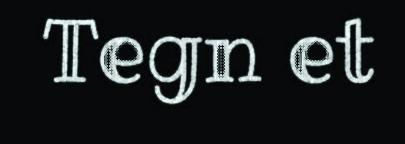
Tegn et